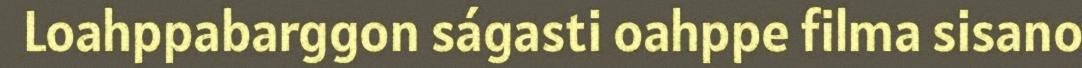
Loahppabarggon ságasti oahppe filma sisano